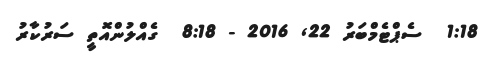
1:18  ސެޕްޓެމްބަރު 22